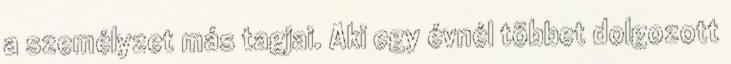
a személyzet más tagjai. Aki egy évnél többet dolgozott